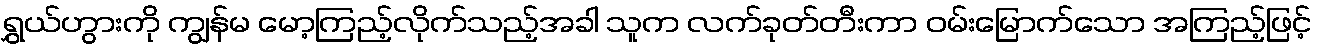
ရွှယ်ဟွားကို ကျွန်မ မော့ကြည့်လိုက်သည့်အခါ သူက လက်ခုတ်တီးကာ ဝမ်းမြောက်သော အကြည့်ဖြင့်